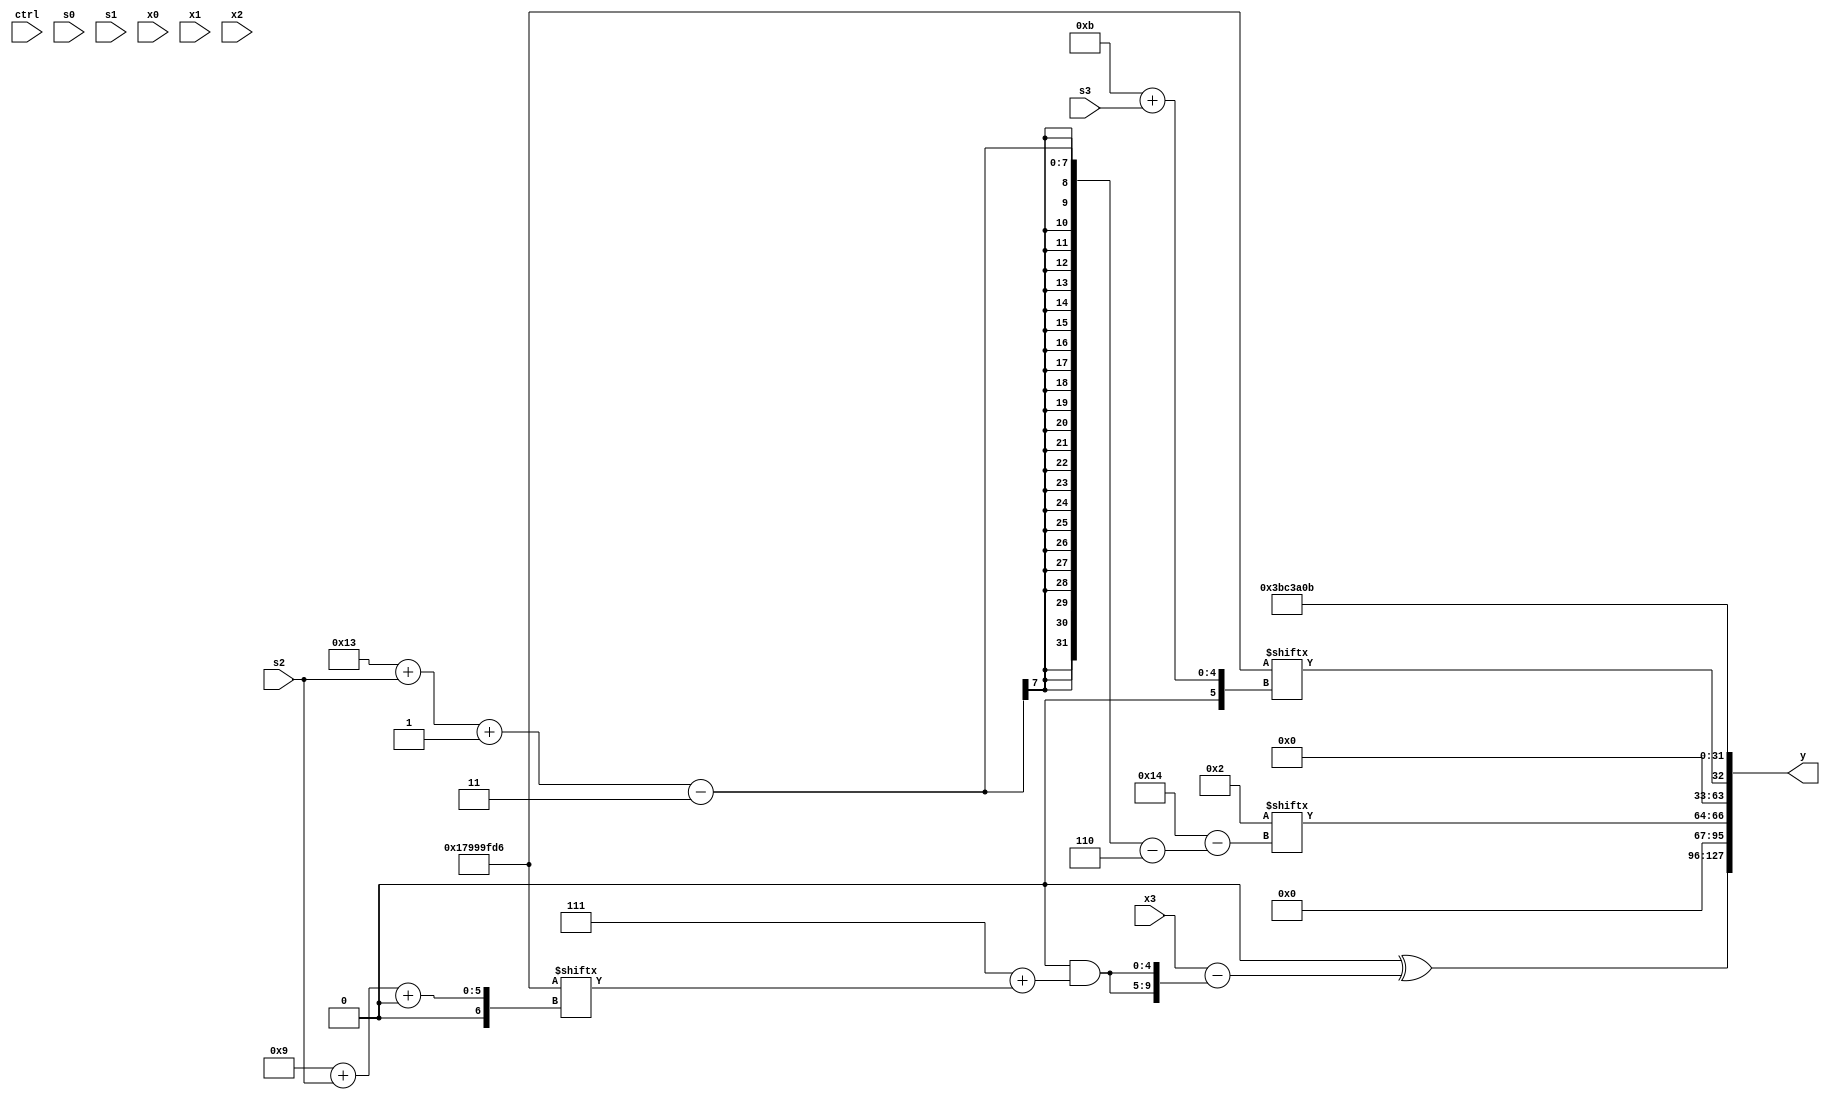
module partsel_00853(ctrl, s0, s1, s2, s3, x0, x1, x2, x3, y);
  input [3:0] ctrl;
  input [2:0] s0;
  input [2:0] s1;
  input [2:0] s2;
  input [2:0] s3;
  input signed [31:0] x0;
  input signed [31:0] x1;
  input signed [31:0] x2;
  input [31:0] x3;
  wire signed [4:27] x4;
  wire signed [29:0] x5;
  wire [3:30] x6;
  wire signed [25:4] x7;
  wire signed [26:7] x8;
  wire [4:24] x9;
  wire signed [6:28] x10;
  wire [26:7] x11;
  wire signed [2:28] x12;
  wire signed [3:25] x13;
  wire signed [3:30] x14;
  wire signed [31:0] x15;
  output [127:0] y;
  wire signed [31:0] y0;
  wire [31:0] y1;
  wire signed [31:0] y2;
  wire signed [31:0] y3;
  assign y = {y0,y1,y2,y3};
  localparam [28:0] p0 = 395943894;
  localparam [28:7] p1 = 503564717;
  localparam signed [28:2] p2 = 599538187;
  localparam [29:2] p3 = 659993563;
  assign x4 = (!ctrl[1] && !ctrl[3] && !ctrl[2] ? x3[15 + s1] : {2{x2[6 + s2]}});
  assign x5 = (!ctrl[1] || ctrl[3] || ctrl[0] ? x1[4 + s1 +: 3] : {2{(x0[24 + s3 -: 2] + x1[18 -: 4])}});
  assign x6 = (p0[18] + {x4[18 -: 2], x5});
  assign x7 = x5[9 + s3 -: 2];
  assign x8 = {2{({2{((x2[18 -: 4] & x3[23 + s2 -: 3]) & {(x5[9 +: 1] ^ p2[23]), (x2 + x4)})}} | p3)}};
  assign x9 = (!ctrl[1] && ctrl[1] || !ctrl[2] ? p2[6 + s3 -: 1] : {2{(x7[13 + s1 +: 8] | ((p2[31 + s2 -: 5] ^ x2[11 + s2]) - x3[14 + s3 +: 6]))}});
  assign x10 = p1[14 -: 2];
  assign x11 = x1[26 + s2 -: 5];
  assign x12 = p2[6 + s2 -: 2];
  assign x13 = p0[16 -: 2];
  assign x14 = p3[19 + s0];
  assign x15 = x3[22 + s0 -: 4];
  assign y0 = (x5[17 +: 2] ^ (x3 - {2{(x12[18] & (p2[15 -: 3] + p0[9 + s2 +: 5]))}}));
  assign y1 = x10[19 + s2 -: 3];
  assign y2 = p0[11 + s3];
  assign y3 = p2;
endmodule